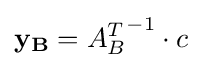
\mathbf {y_{B}} ={A_{B}^{T}}^{-1}\cdot c